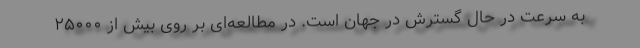
به سرعت در حال گسترش در جهان است. در مطالعه‌ای بر روی بیش از ۲۵۰۰۰